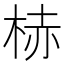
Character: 𪲒